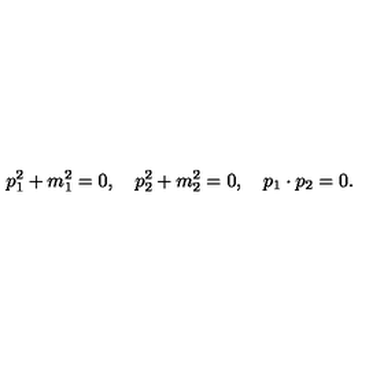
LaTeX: p _ { 1 } ^ { 2 } + m _ { 1 } ^ { 2 } = 0 , \quad p _ { 2 } ^ { 2 } + m _ { 2 } ^ { 2 } = 0 , \quad p _ { 1 } \cdot p _ { 2 } = 0 .